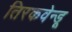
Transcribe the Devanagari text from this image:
तिरकवेन्डू